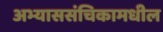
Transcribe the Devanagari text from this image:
अभ्याससंचिकामधील